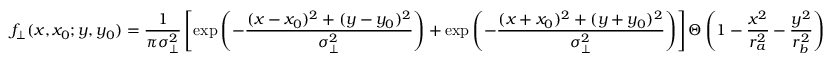
f _ { \bot } ( x , x _ { 0 } ; y , y _ { 0 } ) = \frac { 1 } { \pi \sigma _ { \bot } ^ { 2 } } \left[ \exp \left( - { \frac { ( x - x _ { 0 } ) ^ { 2 } + ( y - y _ { 0 } ) ^ { 2 } } { \sigma _ { \bot } ^ { 2 } } } \right) + \exp \left( - { \frac { ( x + x _ { 0 } ) ^ { 2 } + ( y + y _ { 0 } ) ^ { 2 } } { \sigma _ { \bot } ^ { 2 } } } \right) \right] \Theta \left( 1 - \frac { x ^ { 2 } } { r _ { a } ^ { 2 } } - \frac { y ^ { 2 } } { r _ { b } ^ { 2 } } \right)